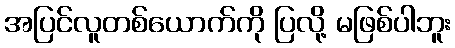
အပြင်လူတစ်ယောက်ကို ပြလို့ မဖြစ်ပါဘူး